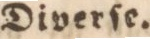
Diverſe.